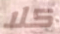
كلا